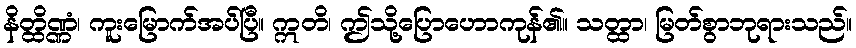
နိတ္ထိဏ္ဏံ၊ ကူးမြောက်အပ်ပြီ။ ဣတိ၊ ဤသို့ပြောဟောကုန်၏။ သတ္ထာ၊ မြတ်စွာဘုရားသည်။